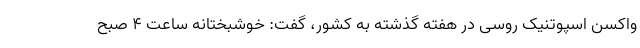
واکسن اسپوتنیک روسی در هفته گذشته به کشور، گفت: خوشبختانه ساعت ۴ صبح